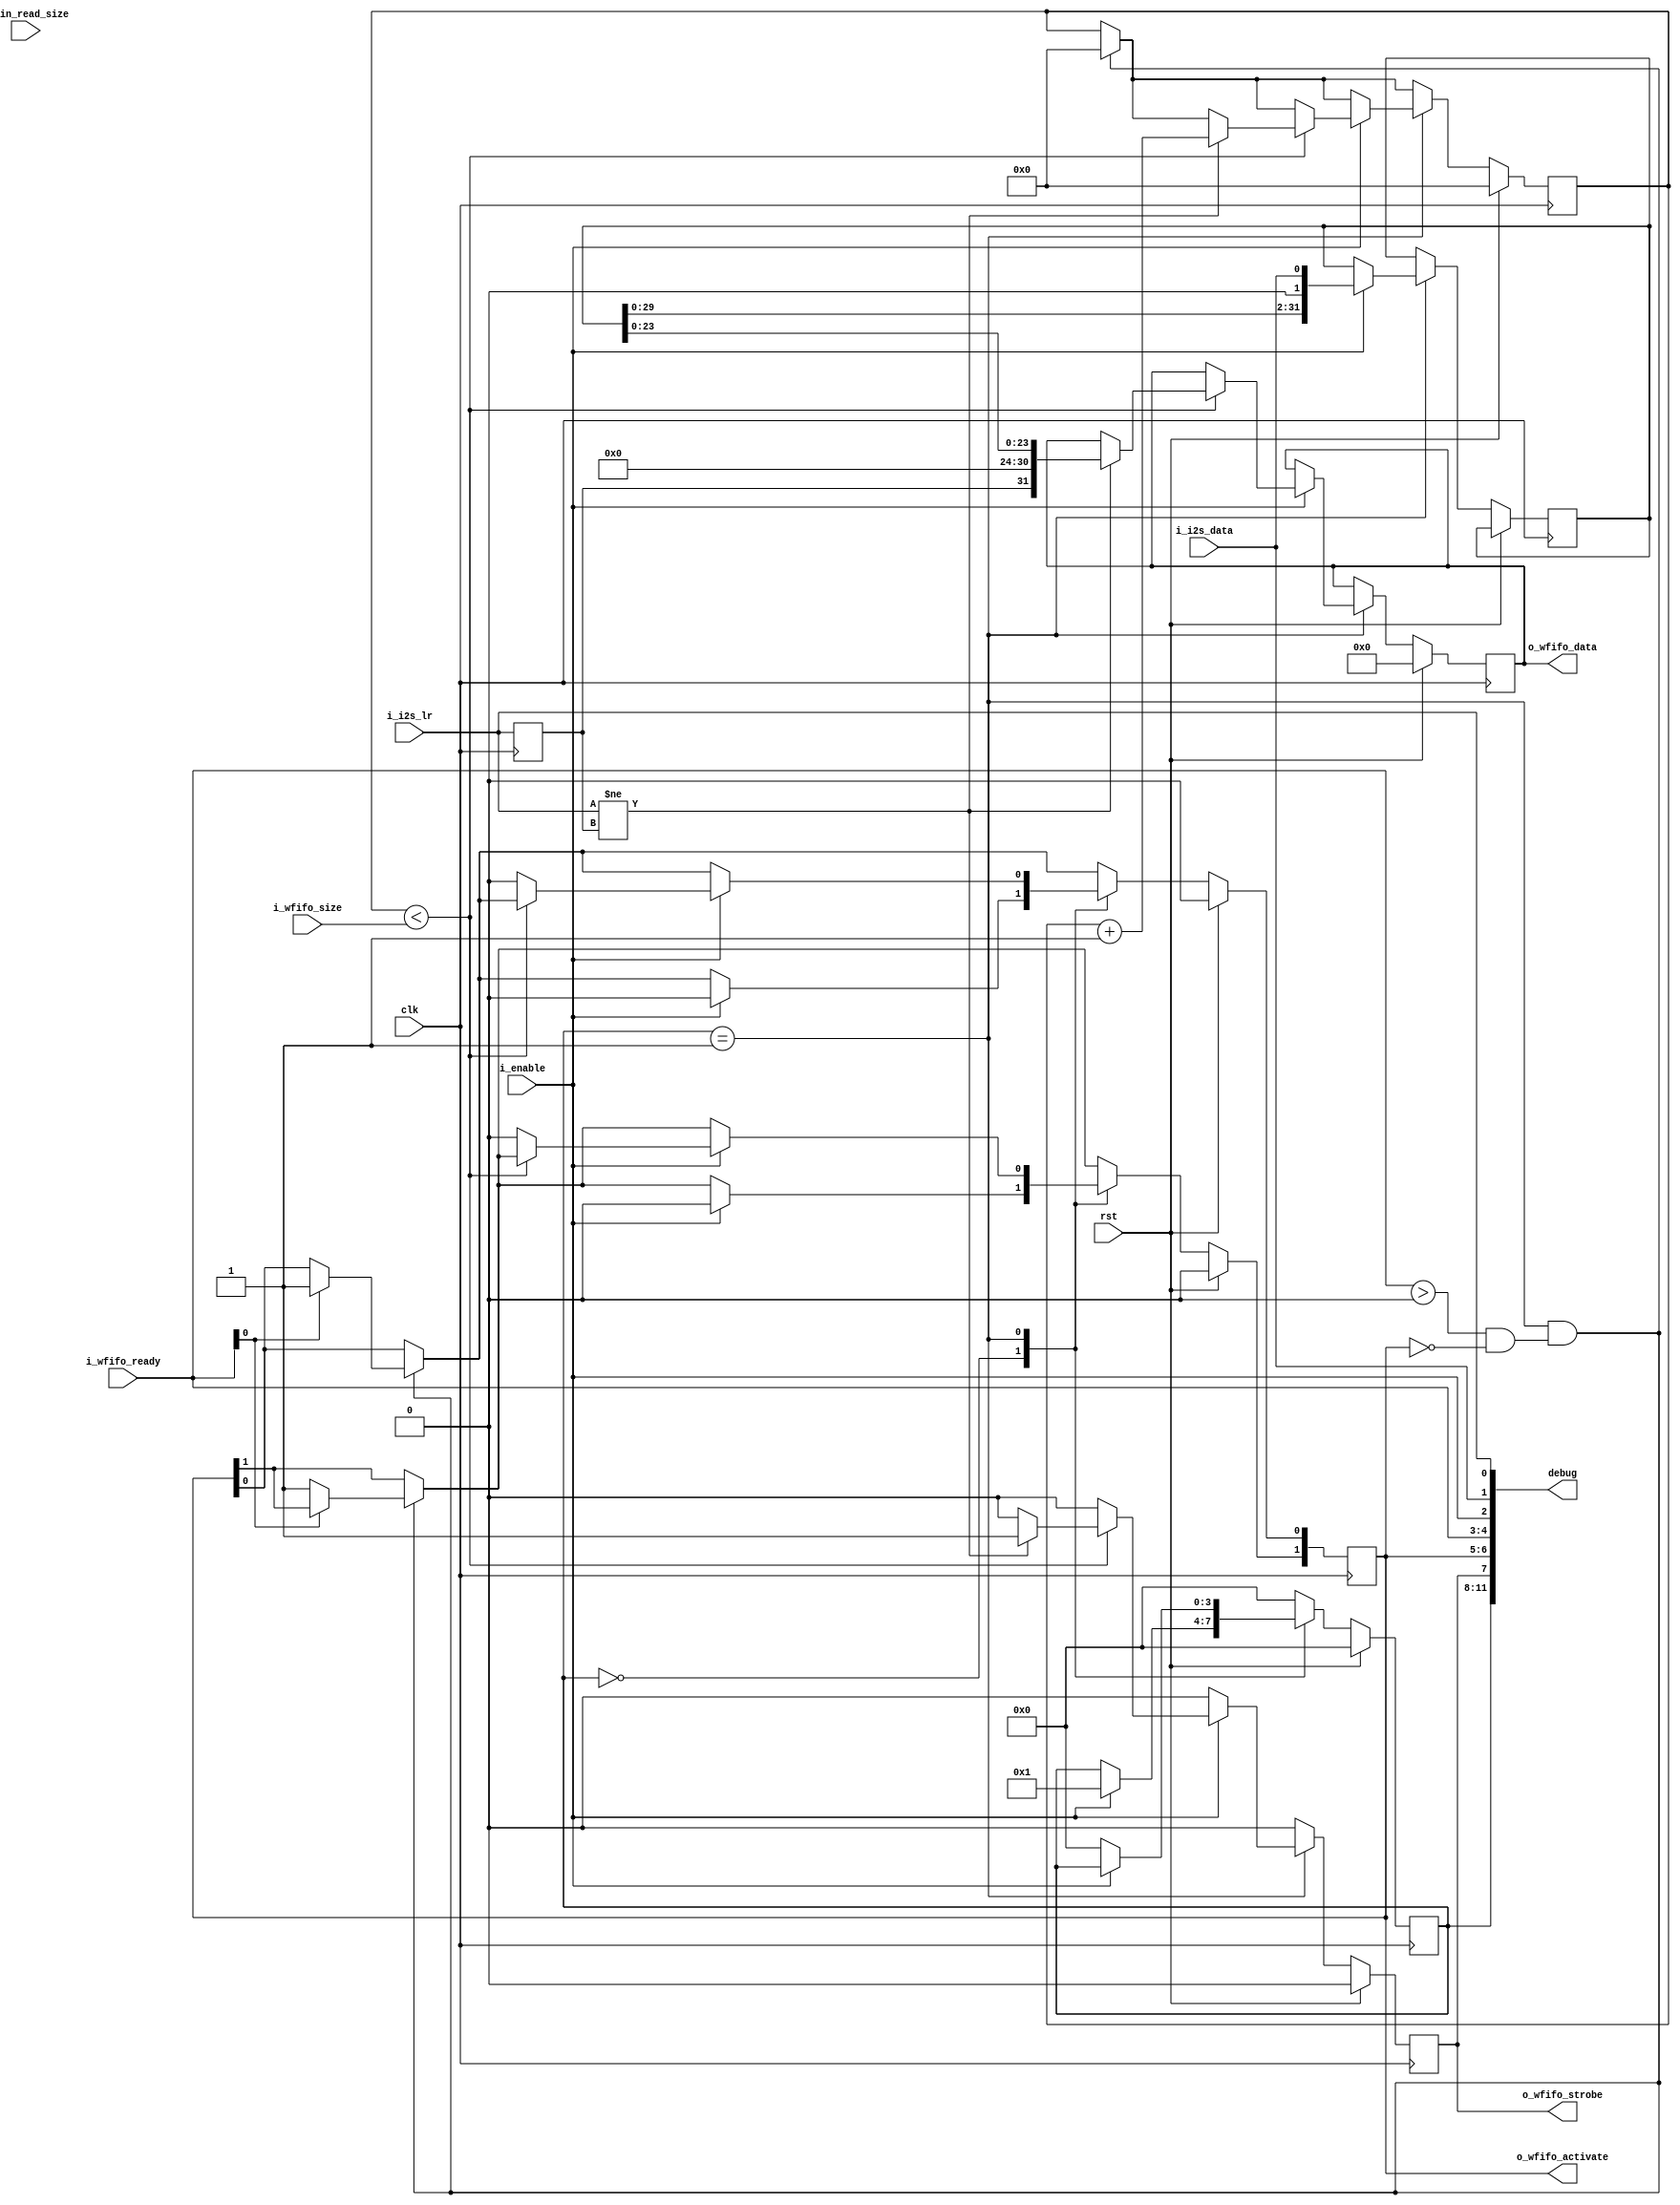
module i2s_reader_phy (
  input               rst,
  /*This signal is connected to the i2s clock (driven either internally or
  externally)*/
  input               clk,

  output      [31:0]  debug,
  input               i_enable,
  input       [23:0]  i_min_read_size,

  //memory interface
  input       [23:0]  i_wfifo_size,
  input       [1:0]   i_wfifo_ready,
  output  reg [1:0]   o_wfifo_activate  = 2'b0,
  output  reg         o_wfifo_strobe    = 1'b0,
  output  reg [31:0]  o_wfifo_data      = 32'h0,

  //These signals are connected to the phy signals
  input               i_i2s_lr,
  input               i_i2s_data
);

//Local Parameters
localparam            IDLE          = 4'h0;
localparam            READ          = 4'h1;

//Registers/Wires
reg           [3:0]   state         = IDLE;
reg           [31:0]  read_word     = 32'h0;
reg           [23:0]  r_count       = 24'h0;
reg                   r_prev_i2s_lr = 1'b0;

//Submodules

//Asynchronous Logic
assign  debug[0]      = i_i2s_lr;
assign  debug[1]      = i_i2s_data;
assign  debug[2]      = i_enable;
assign  debug[4:3]    = i_wfifo_ready;
assign  debug[6:5]    = o_wfifo_activate;
assign  debug[7]      = o_wfifo_strobe;
assign  debug[11:8]   = state;

//Synchronous Logic
always @ (posedge clk) begin
  if (rst) begin
    state                     <=  IDLE;
    o_wfifo_activate          <=  2'b0;
    o_wfifo_strobe            <=  1'b0;
    o_wfifo_data              <=  32'h0;
    r_count                   <=  0;
    r_prev_i2s_lr             <=  0;
  end
  else begin
    o_wfifo_strobe            <=  0;
    if ((state == READ) && ((i_wfifo_ready > 0) && (o_wfifo_activate == 0))) begin
      r_count                 <=  0;
      if (i_wfifo_ready[0]) begin
        o_wfifo_activate[0]   <=  1;
      end                     
      else begin              
        o_wfifo_activate[1]   <=  1;
      end                     
    end                       
    case (state)              
      IDLE: begin             
        if (i_enable) begin  
          state               <=  READ;
          o_wfifo_activate    <=  0;
        end
      end
      READ: begin
        if (!i_enable) begin
          state               <=  IDLE;
        end
        else begin
          if (r_count < i_wfifo_size) begin
            if (i_i2s_lr != r_prev_i2s_lr) begin
              //A word is ready to write to memory
              o_wfifo_data    <=  {r_prev_i2s_lr, 7'h0, read_word[23:0]};
              o_wfifo_strobe  <=  1;
              r_count         <=  r_count + 1;
            end
          end
          else begin
            o_wfifo_activate  <=  0;
          end
          read_word           <=  {read_word[30:0] << 1, i_i2s_data};
        end
      end
      default: begin
        state                 <=  IDLE;
      end
    endcase
  end
  r_prev_i2s_lr               <=  i_i2s_lr;
end

endmodule